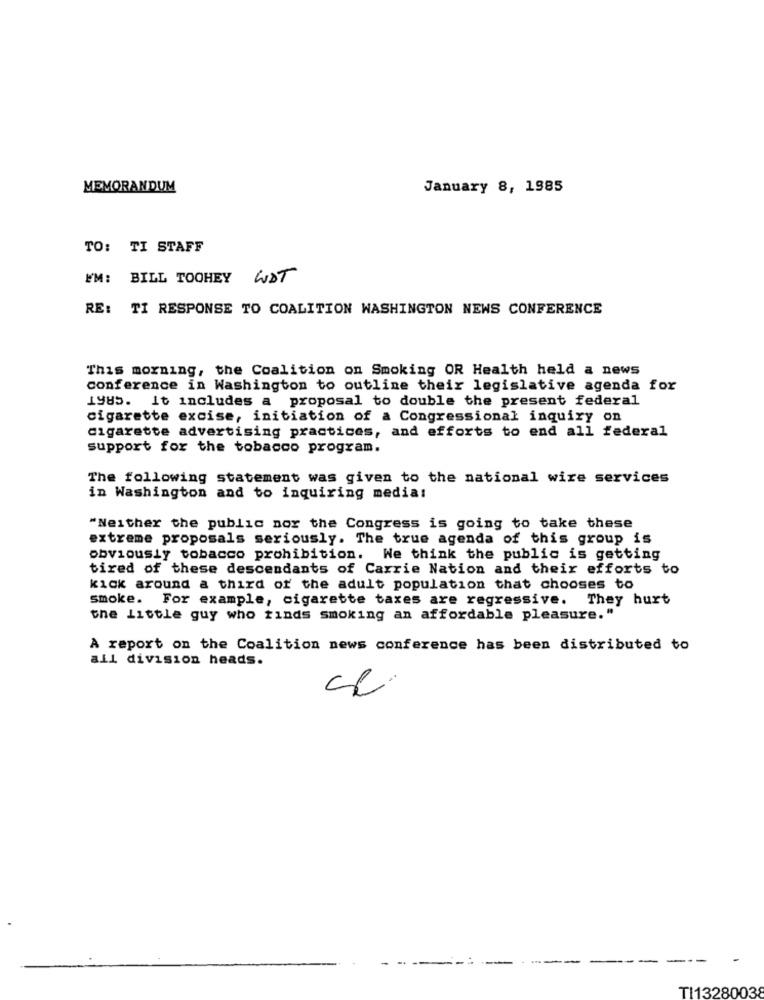
MEMORANDUM
January 8, 1985
TO: TI STAFF
FM:
BILL TOOHEY WAT
RE: TI RESPONSE TO COALITION WASHINGTON NEWS CONFERENCE
This morning, the Coalition on Smoking OR Health held a news
conference in Washington to outline their legislative agenda for
1985. it includes a proposal to double the present federal
cigarette excise, initiation of a Congressional inquiry on
cigarette advertising practices, and efforts to end all federal
support for the tobacco program.
The following statement was given to the national wire services
in Washington and to inquiring media:
"Neither the public nor the Congress is going to take these
extreme proposals seriously. The true agenda of this group is
obviously tobacco prohibition. We think the public is getting
tired of these descendants of Carrie Nation and their efforts to
kick around a third of the adult population that chooses to
smoke. For example, cigarette taxes are regressive.
They hurt
the Little guy who finds smoking an affordable pleasure."
A report on the Coalition news conference has been distributed to
all division heads.
TI13280038